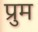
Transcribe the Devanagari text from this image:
प्रुम